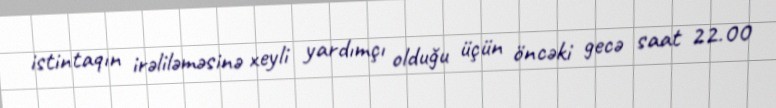
istintaqın irəliləməsinə xeyli yardımçı olduğu üçün öncəki gecə saat 22.00